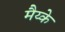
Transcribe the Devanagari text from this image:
मैय्के